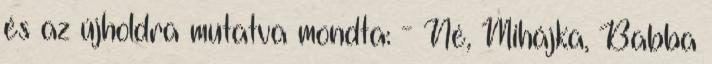
és az újholdra mutatva mondta: - Né, Mihájka, Babba